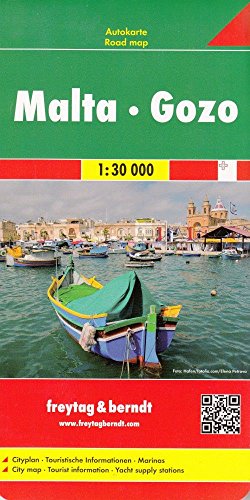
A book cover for Malta, Gozo : autokarte = Malta, Gozo : road map; Freytag-Berndt und Artaria; Travel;